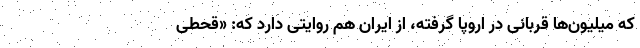
که میلیون‌ها قربانی در اروپا گرفته، از ایران هم روایتی دارد که: «قحطی